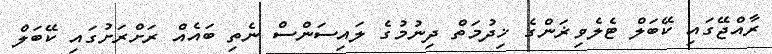
ރާއްޖޭގައި ކޭބަލް ޓެލެވިޜަންގެ ޚިދުމަތް ދިނުމުގެ ލައިސަންސް ނެތި ބައެއް ރަށްރަށުގައި ކޭބަލް